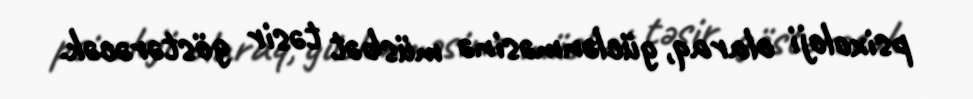
psixoloji olaraq, güclənməsinə müsbət təsir göstərəcək.